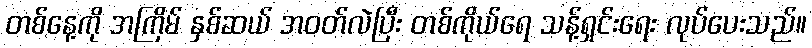
တစ်နေ့ကို အကြိမ် နှစ်ဆယ် အဝတ်လဲပြီး တစ်ကိုယ်ရေ သန့်ရှင်းရေး လုပ်ပေးသည်။